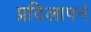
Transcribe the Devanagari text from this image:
प्रविलापनं